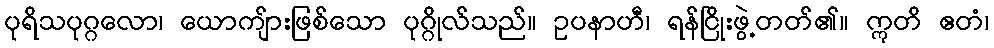
ပုရိသပုဂ္ဂလော၊ ယောကျ်ားဖြစ်သော ပုဂ္ဂိုလ်သည်။ ဥပနာဟီ၊ ရန်ငြိုးဖွဲ့တတ်၏။ ဣတိ ဧတံ၊